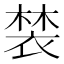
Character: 𧛀